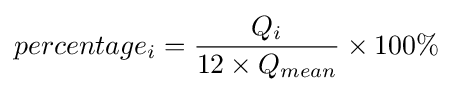
percentage_{i}={Q_{i} \over 12\times {Q_{mean}}}\times 100\%